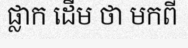
ផ្លាក ដើម ថា មកពី